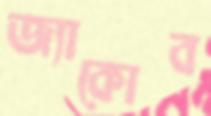
জ্যাকোব